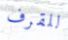
للقرف